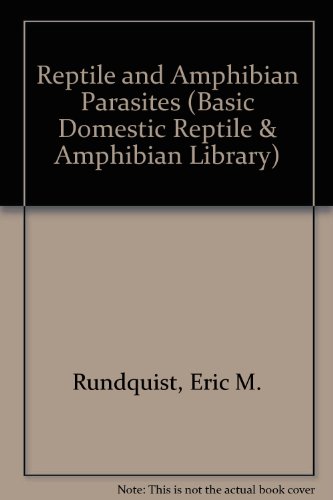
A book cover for Reptile and Amphibian Parasites (Basic Domestic Reptile & Amphibian Library); Eric M. Lundquist; Medical Books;